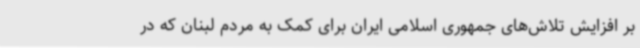
بر افزایش تلاش‌های جمهوری اسلامی ایران برای کمک به مردم لبنان که در